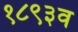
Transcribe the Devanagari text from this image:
१८९३व